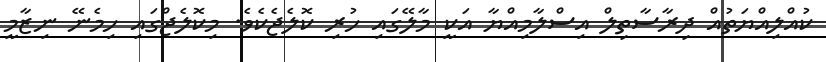
ކުއްލިއްޔަތުއް ދިރާސާތިލް އިސްލާމިއްޔާ އަކީ މާލޭގައި ހުރި ކޮލެޖެކެވެ. މިކޮލެޖްގައި ހިމެނޭ ނިޒާމީ